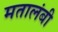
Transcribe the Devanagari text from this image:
मतालंबी